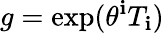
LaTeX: g=\exp(\theta^{\mathbf{i}}T_{\mathbf{i}})